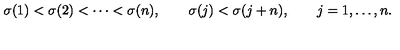
\sigma ( 1 ) < \sigma ( 2 ) < \cdots < \sigma ( n ) , \qquad \sigma ( j ) < \sigma ( j + n ) , \qquad j = 1 , \ldots , n .